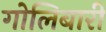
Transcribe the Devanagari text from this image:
गोलिबारी